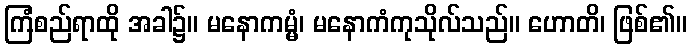
ကြံစည်ရာထို အခါ၌။ မနောကမ္မံ၊ မနောကံကုသိုလ်သည်။ ဟောတိ၊ ဖြစ်၏။